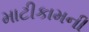
માટીકામની